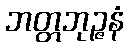
ဘတ္တဘုဉ္ဇနံ